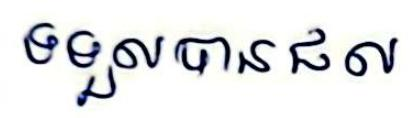
ទទួលបានផល